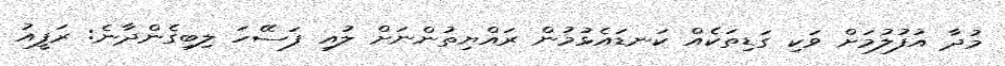
މުދާ އުފުލުމަށް ވަކި ގަޑިތަކެއް ކަނޑައެޅުމުން ރައްޔިތުންނަށް ލުއި ފަސޭހަ ލިބިގެންދާނެ: ރަފީއު